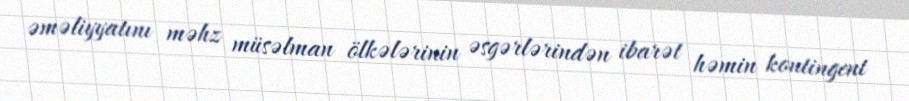
əməliyyatını məhz müsəlman ölkələrinin əsgərlərindən ibarət həmin kontingent